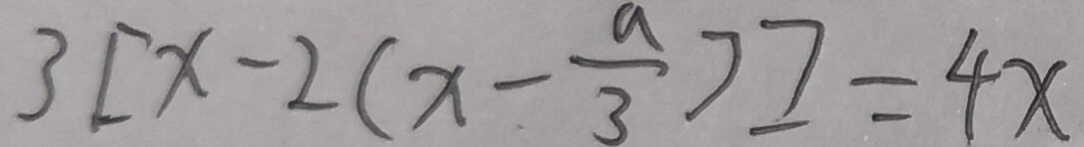
3 [ x - 2 ( x - \frac { a } { 3 } ) ] = 4 x